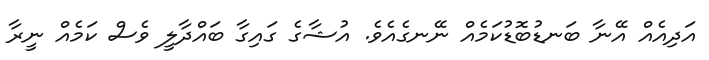
އަދިއެއް އޭނާ ބަނޑުބޮޑުކަމެއް ނޭނގެއެވެ. އުޝާގެ ގައިގާ ބައްދާލީ ވެސް ކަމެއް ނީރާ